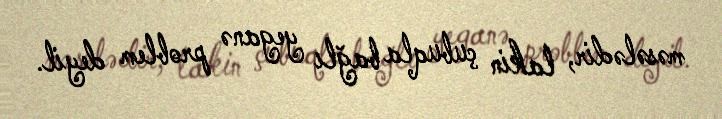
məsələdir, lakin çubuqla bağlı yeganə problem deyil.